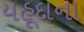
યહૂદાના